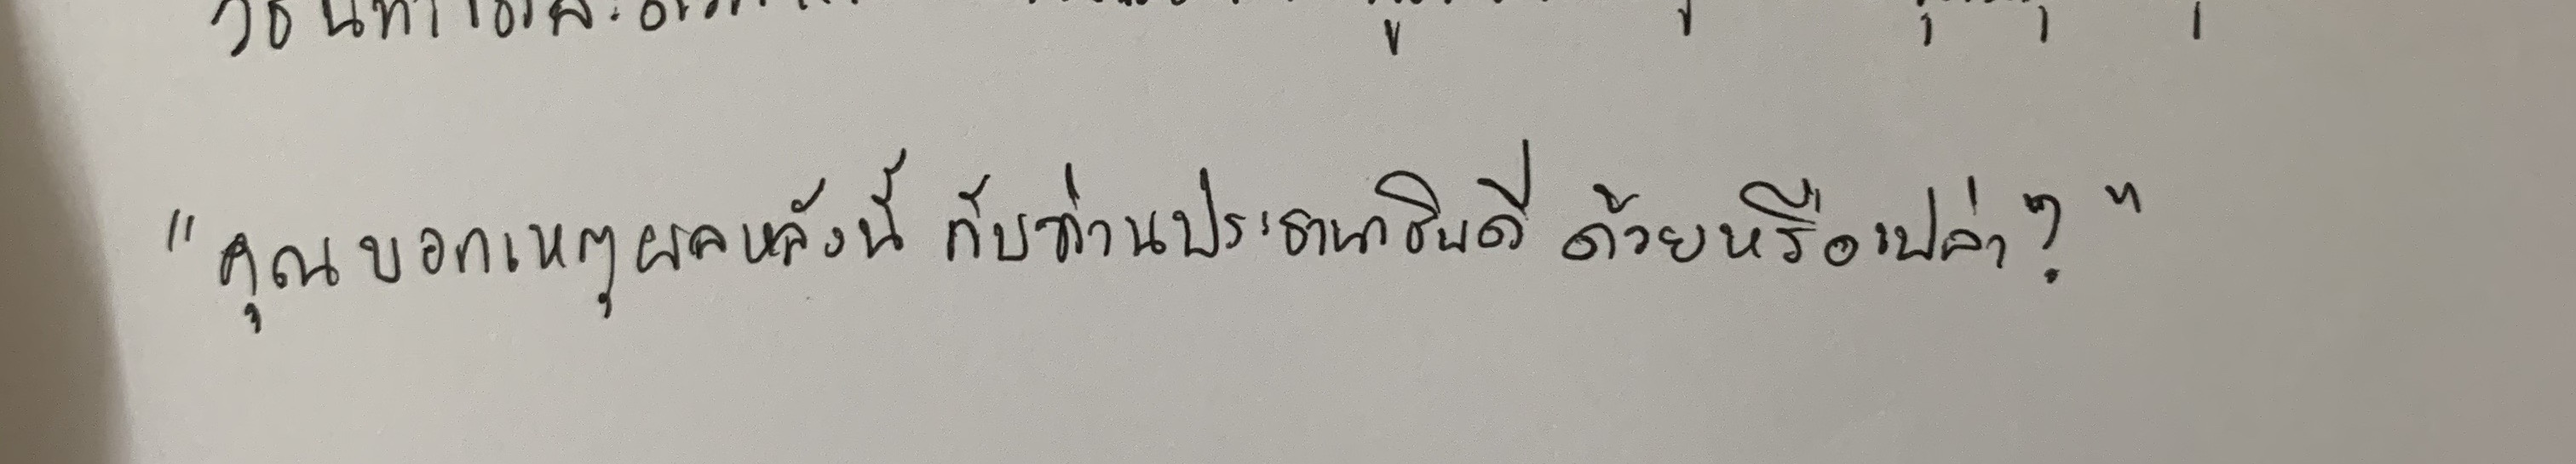
"คุณบอกเหตุผลหลังนี้กับท่านประธานาธิบดีด้วยหรือเปล่า?"